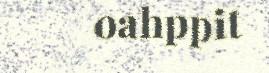
oahppit